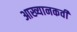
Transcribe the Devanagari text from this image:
आख्यानकवी